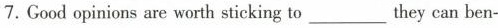
7.Good opinions are worth sticking to___they can ben-